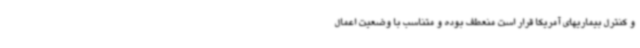
و کنترل بیماریهای آمریکا قرار است منعطف بوده و متناسب با وضعیت اعمال